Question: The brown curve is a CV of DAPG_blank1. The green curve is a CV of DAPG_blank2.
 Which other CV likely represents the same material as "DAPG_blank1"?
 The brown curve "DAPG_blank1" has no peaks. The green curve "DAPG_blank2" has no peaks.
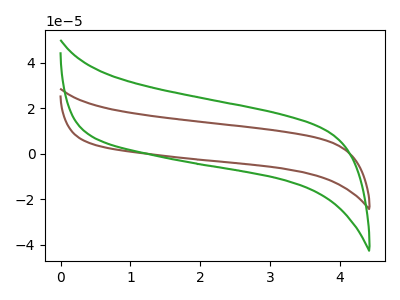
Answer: <think>Neither "DAPG_blank1" or "DAPG_blank2" have any peaks.
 </think>
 <answer>The CV with the most similar shape to "DAPG_blank2" is "DAPG_blank1".</answer>
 <eval>"DAPG_blank1"</eval>